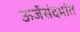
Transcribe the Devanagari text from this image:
ऊर्जेसंदर्भात